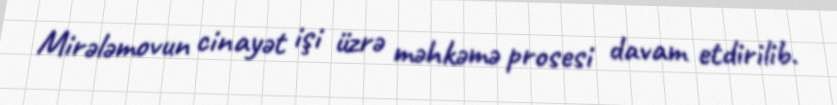
Mirələmovun cinayət işi üzrə məhkəmə prosesi davam etdirilib.